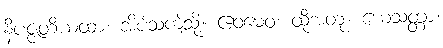
နိပဇ္ဇတိယထာ၊ အိပ်သကဲ့သို့။ ဧဝမေဝ၊ ထို့အတူ။ ယေသတ္တာ၊